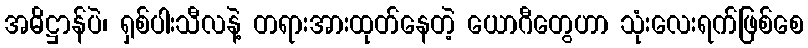
အဓိဋ္ဌာန်ပဲ၊ ရှစ်ပါးသီလနဲ့ တရားအားထုတ်နေတဲ့ ယောဂီတွေဟာ သုံးလေးရက်ဖြစ်စေ